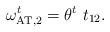
LaTeX: \begin{align*}\omega^t_{\mathrm{AT},2}=\theta^t\ t_{12}.\end{align*}